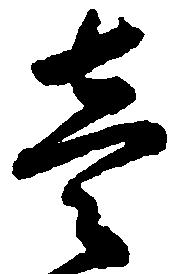
壱